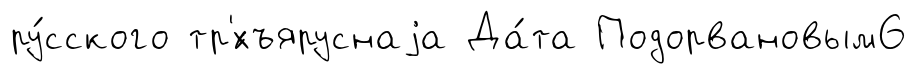
ру́сского тр'́хъяруснаjа Да́та Подорвановым6